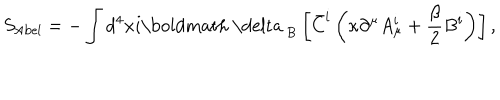
S _ { \mathrm { A b e l } } = - \int d ^ { 4 } x i \mathrm { \boldmath ~ \ d e l t a ~ } _ { \mathrm { B } } \left[ \bar { C } ^ { i } \left( \kappa \partial ^ { \mu } A _ { \mu } ^ { i } + \frac \beta 2 B ^ { i } \right) \right] ,